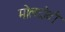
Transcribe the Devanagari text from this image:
मोलदोवी